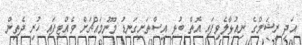
އަދި ރީޝަމްގެ ނިއުޅާލެވިފައި އޮތް ބުޅި އިސްތަށިގަނޑު މޫނުމައްޗަށް ވެއްޓިފައި ހުރި ދެތިން